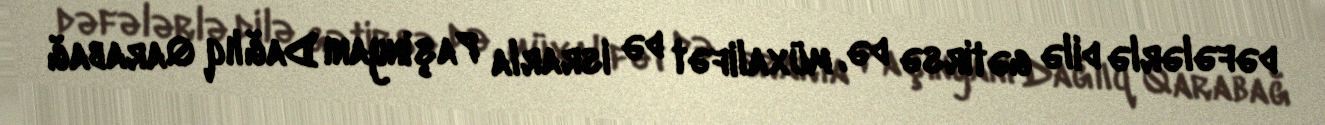
dəfələrlə dilə gətirsə də, müxalifət də israrla Paşinyanı Dağlıq Qarabağ